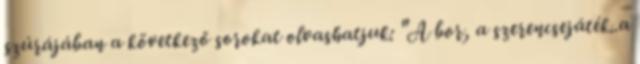
szúrájában a következő sorokat olvashatjuk: "A bor, a szerencsejáték..a